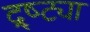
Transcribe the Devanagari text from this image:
द्र्ष्ट्या